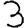
Digit: 3